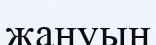
жануын